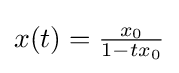
{\textstyle x(t)={\frac {x_{0}}{1-tx_{0}}}}